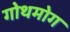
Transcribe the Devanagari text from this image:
गोथमोग